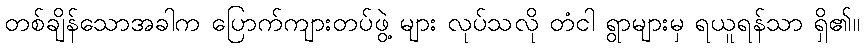
တစ်ချိန်သောအခါက ပြောက်ကျားတပ်ဖွဲ့ များ လုပ်သလို တံငါ ရွာများမှ ရယူရန်သာ ရှိ၏။